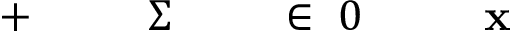
\! \! \! \! \! \! \! \! \! \! \! \mathbf { x } \! \! \! \! \! \! \! \! \! \! \! \! _ { \! } \! \! \! \! \! \! \! \! \! \! \! 0 \! \! \! \! \! \! \! \! \! \! \! \! \in \! \! \! \! \! \! \! \! \! \! \! \! \! \! \! \! \! \! \! \! \! \! \! \! \Sigma \! \! \! \! \! \! \! \! \! \! \! \! ^ { \! } \! \! \! \! \! \! \! \! \! \! \! + \! \! \! \! \! \! \! \! \! \! \!